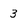
Character: 3